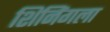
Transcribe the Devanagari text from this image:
शिनिंगला